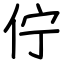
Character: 佇